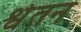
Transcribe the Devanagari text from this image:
श्वेतन